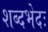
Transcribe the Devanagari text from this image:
शब्दभेदः